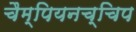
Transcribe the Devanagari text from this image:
चैम्पियनच्चिप